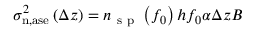
\begin{array} { r } { \sigma _ { \mathrm { n } , \mathrm { a s e } } ^ { 2 } \left( \Delta z \right) = n _ { \mathrm { ~ s ~ p ~ } } \left( f _ { 0 } \right) h f _ { 0 } \alpha \Delta z B } \end{array}